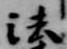
法